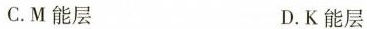
C.M能层 D.K能层